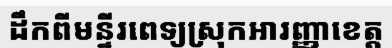
ដឹកពីមន្ទីរពេទ្យស្រុកអារញ្ញាខេត្ត